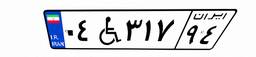
۲۰W۰۴۴۲۶